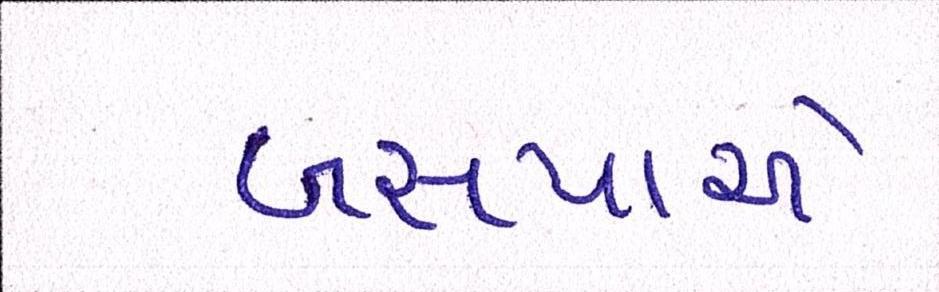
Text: બસપાએ